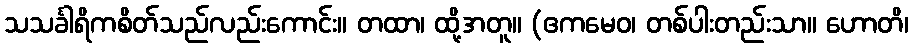
သသင်္ခါရိကစိတ်သည်လည်းကောင်း။ တထာ၊ ထို့အတူ။ (ဧကမေဝ၊ တစ်ပါးတည်းသာ။ ဟောတိ၊